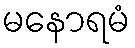
မနောရမံ